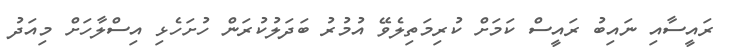
ރައީސާއި ނައިބު ރައީސް ކަމަށް ކުރިމަތިލެވޭ އުމުރު ބަދަލުކުރަން ހުށަހެޅި އިސްލާހަށް މިއަދު